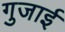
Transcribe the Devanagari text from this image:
गुजाई